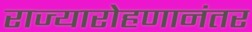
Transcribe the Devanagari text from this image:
राज्यारोहणानंतर